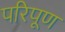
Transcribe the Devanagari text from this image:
परिपूण